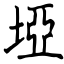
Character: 埡